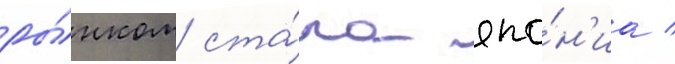
ры́нком ста́ла япо́н'иа /